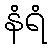
နံရံ